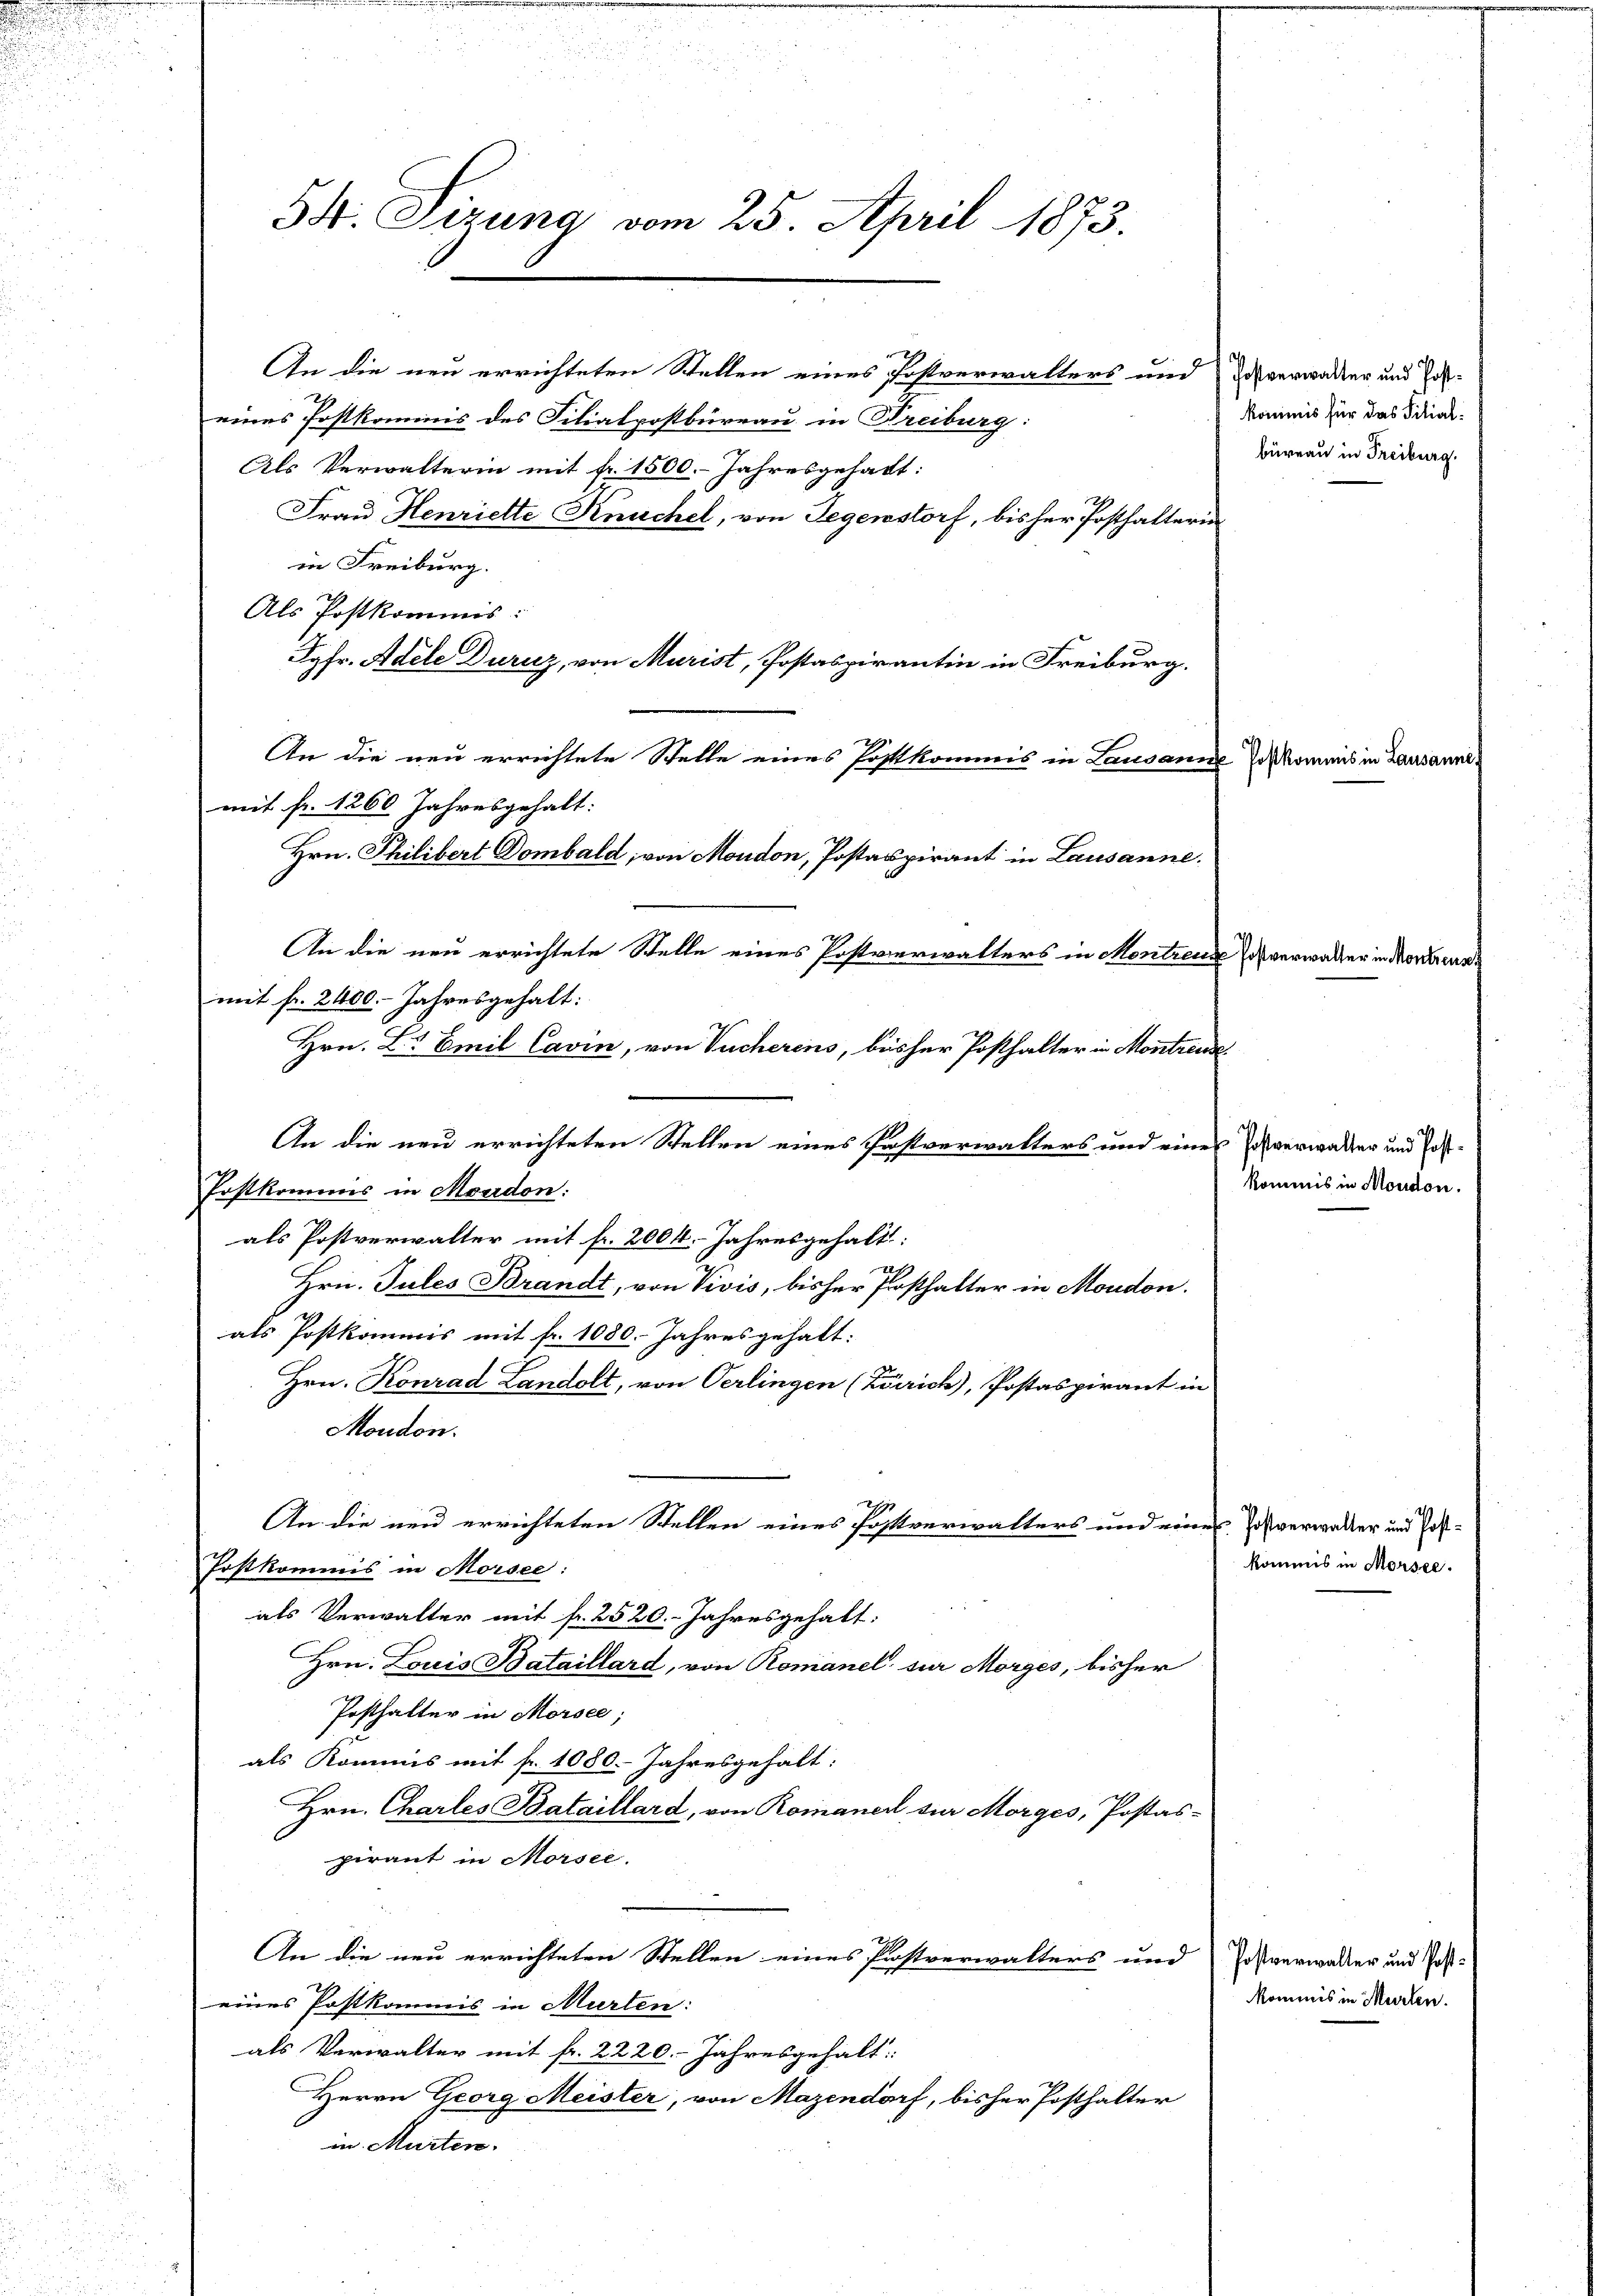
54. Sizung vom 25. April 1873.

An die neu errichteten Stellen eines Postverwalters und Ich verwader und Poeines Postkommis des Filialpostbüreau in Freiburg:
Als Verwalterin mit fr. 1500.- Jahresgehabt:
Frau Henriette Knuchel, von Gegenstorf, bisher Posthalterin
in Freiburg.
Als Postkommis:
Jgfr. Adele Durnz, von Murist, Postaspirantin in Freiburg.
An die neu errichtete Stelle eines Postkommis in Lausann
mit fr. 1260 Jahresgehalt:
Hrn. Philibert Dombald, von Mondon, Postaspirant in Lausanne.
An die neu errichtete Stelle eines Postverwalters in Montrenge verwalter in Morderung
mit fr. 2400.- Jahresgehalt:
Hrn. L. Emil Cavin, von Tucherens, bisher Posthalter in Montreuse
An die neu errichteten Stellen eines Pastverwalters und eines Ich verwalter und Post¬
Postkommis in Moerdon:
als Postverwalter mit fr. 2004. Jahresgehalt:
2
Hrn. Tules Brandt, von Vivis, bisher Posthalter in Moudon.
als Postkommis mit fr. 1080. Jahresgehalt:
Hrn. Konrad Landolt, von Oerlingen (Zürich), Postaspirant in
Moudon.
17
An die neu errichteten Stellen eines Postverwalters und eines Jos verwalter und Post¬
Postkommis in Morsee:
als Verwalter mit fr. 2520. Jahresgehalt:
Hrn. Louis Bataillard, von Romanel sur Morges, bisher
Posthalter in Morsee,
als Kommis mit fr. 1080. Jahresgehalt:
Hrn. Chartes Bataillard, von Romaner zur Morges, Postaspirant in Morsee.
An die neu errichteten Stellen eines Postverwalters und Postverwalter und Post-
eines Postkommis in Murten:
als Verwalter mit fr. 2220. Jahresgehalt:
Herrn Georg Meister, von Mazendorf, bisher Posthalter
in Murten.

kommis für das Filialbüreau in Freiburg.

Pasto

kommis in Moudon.

annes

kommis in Morsee.

kommis in Murten.